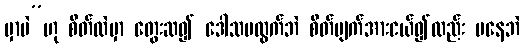
မှာပဲ”ဟု စိတ်ထဲမှာ တွေးဆ၍ ဒေါသမထွက်ဘဲ စိတ်ပျက်အားငယ်၍လည်း မနေဘဲ